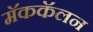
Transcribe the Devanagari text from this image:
मॅककॅलन